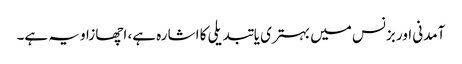
آمدنی اور بزنس میں بہتری یا تبدیلی کا اشارہ ہے، اچھا زاویہ ہے۔